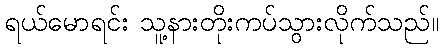
ရယ်မောရင်း သူ့နားတိုးကပ်သွားလိုက်သည်။